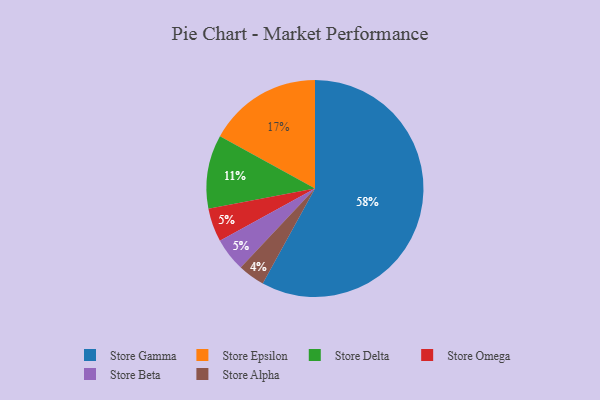
{"axis": {"x": "Category", "y": "Percentage"}, "legend": ["Store Alpha", "Store Beta", "Store Delta", "Store Epsilon", "Store Gamma", "Store Omega"], "data": [{"x": "Store Omega", "y": 5, "type": "Store Omega"}, {"x": "Store Epsilon", "y": 17, "type": "Store Epsilon"}, {"x": "Store Alpha", "y": 4, "type": "Store Alpha"}, {"x": "Store Beta", "y": 5, "type": "Store Beta"}, {"x": "Store Gamma", "y": 58, "type": "Store Gamma"}, {"x": "Store Delta", "y": 11, "type": "Store Delta"}]}